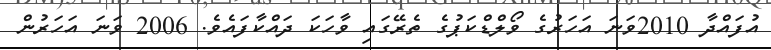
އުފައްދާ 2010ވަނަ އަހަރުގެ ވޯލްޑްކަޕުގެ ތެރޭގައި ވާހަކަ ދައްކާފައެވެ. 2006 ވަނަ އަހަރުން